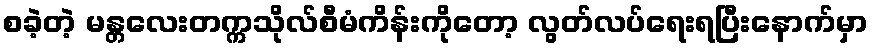
စခဲ့တဲ့ မန္တလေးတက္ကသိုလ်စီမံကိန်းကိုတော့ လွတ်လပ်ရေးရပြီးနောက်မှာ